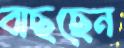
বাছছেন